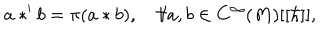
a * ^ { \prime } b = \pi ( a * b ) , \quad \forall a , b \in C ^ { \infty } ( M ) [ [ \hbar ] ] ,